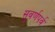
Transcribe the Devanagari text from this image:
सुवर्णपर्व